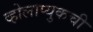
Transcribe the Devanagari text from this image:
व्होलाप्युकची